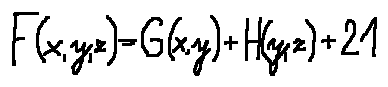
F ( x , y , z ) = G ( x , y ) + H ( y , z ) + 2 1